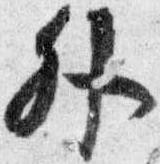
外